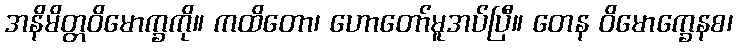
အနိမိတ္တဝိမောက္ခကို။ ကထိတော၊ ဟောတော်မူအပ်ပြီ။ တေန ဝိမောက္ခေနစ၊